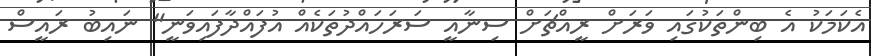
އެކަމަކު އެ ބިންތަކުގައި ވަރަށް ރީއްޗަށް ސިނާއީ ސަރަހައްދުތަކެއް އުފައްދާފައިވަނީ" ނައިބު ރައީސް